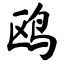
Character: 鸥